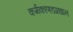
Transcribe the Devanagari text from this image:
कर्मकाणडप्रधान